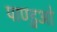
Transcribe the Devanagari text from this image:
पाण्डुओ